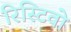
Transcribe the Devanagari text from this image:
रिस्टिवो